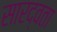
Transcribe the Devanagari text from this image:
सारद्वता